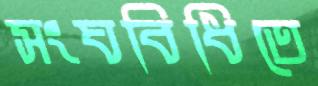
সংঘবিধিতে